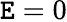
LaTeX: \mathtt{E}=0